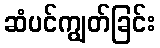
ဆံပင်ကျွတ်ခြင်း